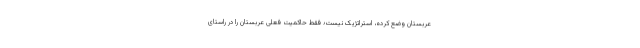
عربستان وضع کرده، استراتژیک نیست؛ فقط حاکمیت فعلی عربستان را در راستای